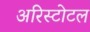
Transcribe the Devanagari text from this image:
अरिस्टोटल